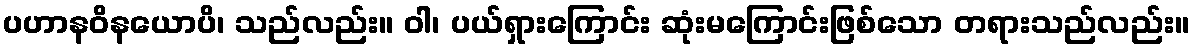
ပဟာနဝိနယောပိ၊ သည်လည်း။ ဝါ၊ ပယ်ရှားကြောင်း ဆုံးမကြောင်းဖြစ်သော တရားသည်လည်း။